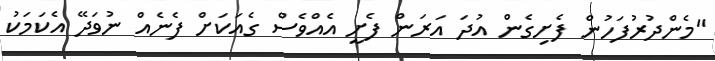
"މެންދުރުފަހުން ފެށިގެން އުދަ އަރަން ފެށީ އެއްވެސް ގެއަކަށް ފެނެއް ނުވަދޭ އެކަމަކު